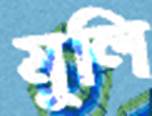
মুলি